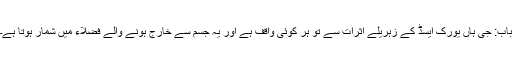
باب: جی ہاں یورک ایسڈ کے زہریلے اثرات سے تو ہر کوئی واقف ہے اور یہ جسم سے خارج ہونے والے فضلاء میں شمار ہوتا ہے۔